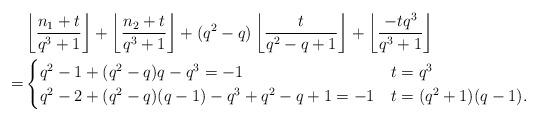
LaTeX: \begin{align*}& \left \lfloor \frac{n_1+t}{q^3+1}\right \rfloor +\left \lfloor \frac{n_2+t}{q^3+1}\right \rfloor+(q^2-q) \left \lfloor \frac{t}{q^2-q+1}\right \rfloor+\left \lfloor \frac{-t q^3}{q^3+1}\right \rfloor \\=& \begin{cases}q^2-1+(q^2-q)q-q^3=-1 & t=q^3\\q^2-2+(q^2-q)(q-1)-q^3+q^2-q+1=-1 & t=(q^2+1)(q-1).\end{cases}\end{align*}